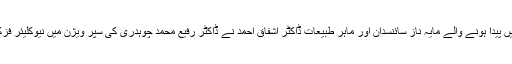
3 نومبر 1930 کو ضلع گورداسپور (برٹش انڈیا) میں پیدا ہونے والے مایہ ناز سائنسدان اور ماہر طبیعات ڈاکٹر اشفاق احمد نے ڈاکٹر رفیع محمد چوہدری کی سپر ویژن میں نیوکلیئر فزکس پر ماسٹرز تھیسس لکھ کر گولڈ میڈل حاصل کیا۔